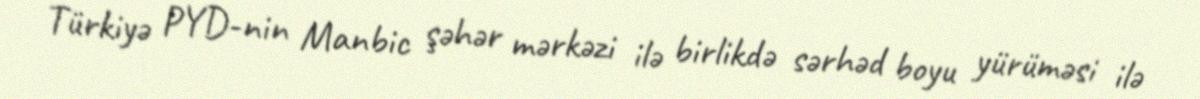
Türkiyə PYD-nin Manbic şəhər mərkəzi ilə birlikdə sərhəd boyu yürüməsi ilə